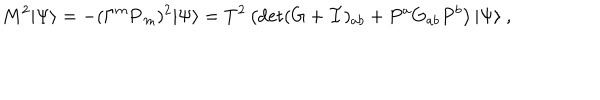
LaTeX: M ^ { 2 } | \Psi \rangle = - ( \Gamma ^ { m } { \bf P } _ { m } ) ^ { 2 } | \Psi \rangle = T ^ { 2 } \left( \det ( G + { \cal F } ) _ { a b } + P ^ { a } G _ { a b } P ^ { b } \right) | \Psi \rangle \ ,